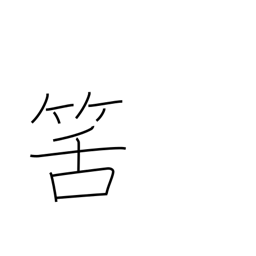
Meaning: expected